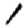
Digit: 1